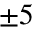
\pm 5